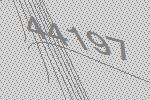
44197